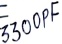
Text: 3300PF